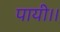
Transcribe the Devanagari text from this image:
पायी।।